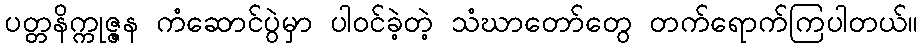
ပတ္တနိက္ကုဇ္ဇန ကံဆောင်ပွဲမှာ ပါဝင်ခဲ့တဲ့ သံဃာတော်တွေ တက်ရောက်ကြပါတယ်။